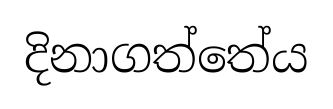
දිනාගත්තේය